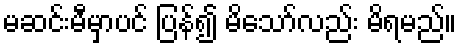
မဆင်းမီမှာပင် ပြန်၍ မိသော်လည်း မိရမည်။